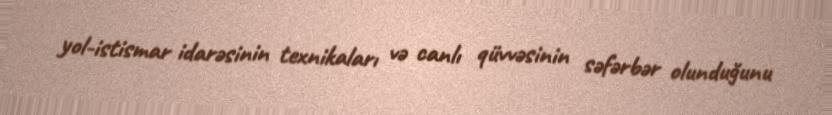
yol-istismar idarəsinin texnikaları və canlı qüvvəsinin səfərbər olunduğunu